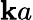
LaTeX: \mathbf{k}a